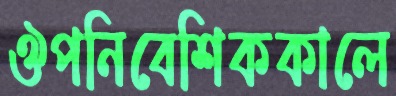
ঔপনিবেশিককালে